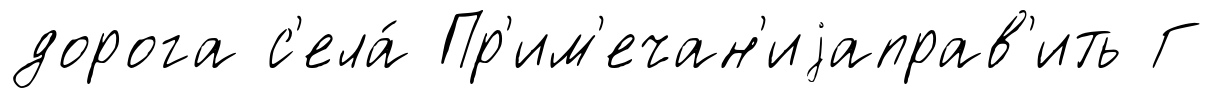
дорога с'ела́ Пр'им'ечан'иjаправ'ить Г